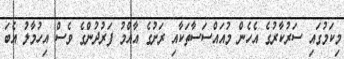
މިކަމުގައި ސަރުކާރުގެ އެހެން މުއައްސަސާތަކާއި ރަށުގެ އާއްމު ފަރުދުންގެ ވެސް އިހުމާލު އެބަ